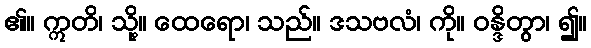
၏။ ဣတိ၊ သို့။ ထေရော၊ သည်။ ဒသဗလံ၊ ကို။ ဝန္ဒိတွာ၊ ၍။